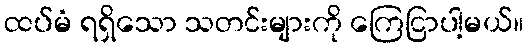
ထပ်မံ ရရှိသော သတင်းများကို ကြေငြာပါ့မယ်။